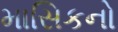
માસિકનો